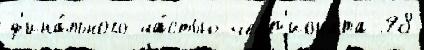
ф'ина́льного ча́стью чемп'иона́та 98